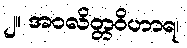
၂။ အဝလိတ္တဝိဟာရ၊